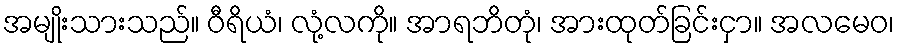
အမျိုးသားသည်။ ဝီရိယံ၊ လုံ့လကို။ အာရဘိတုံ၊ အားထုတ်ခြင်းငှာ။ အလမေဝ၊